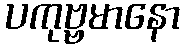
ပကုဗ္ဗမာနော